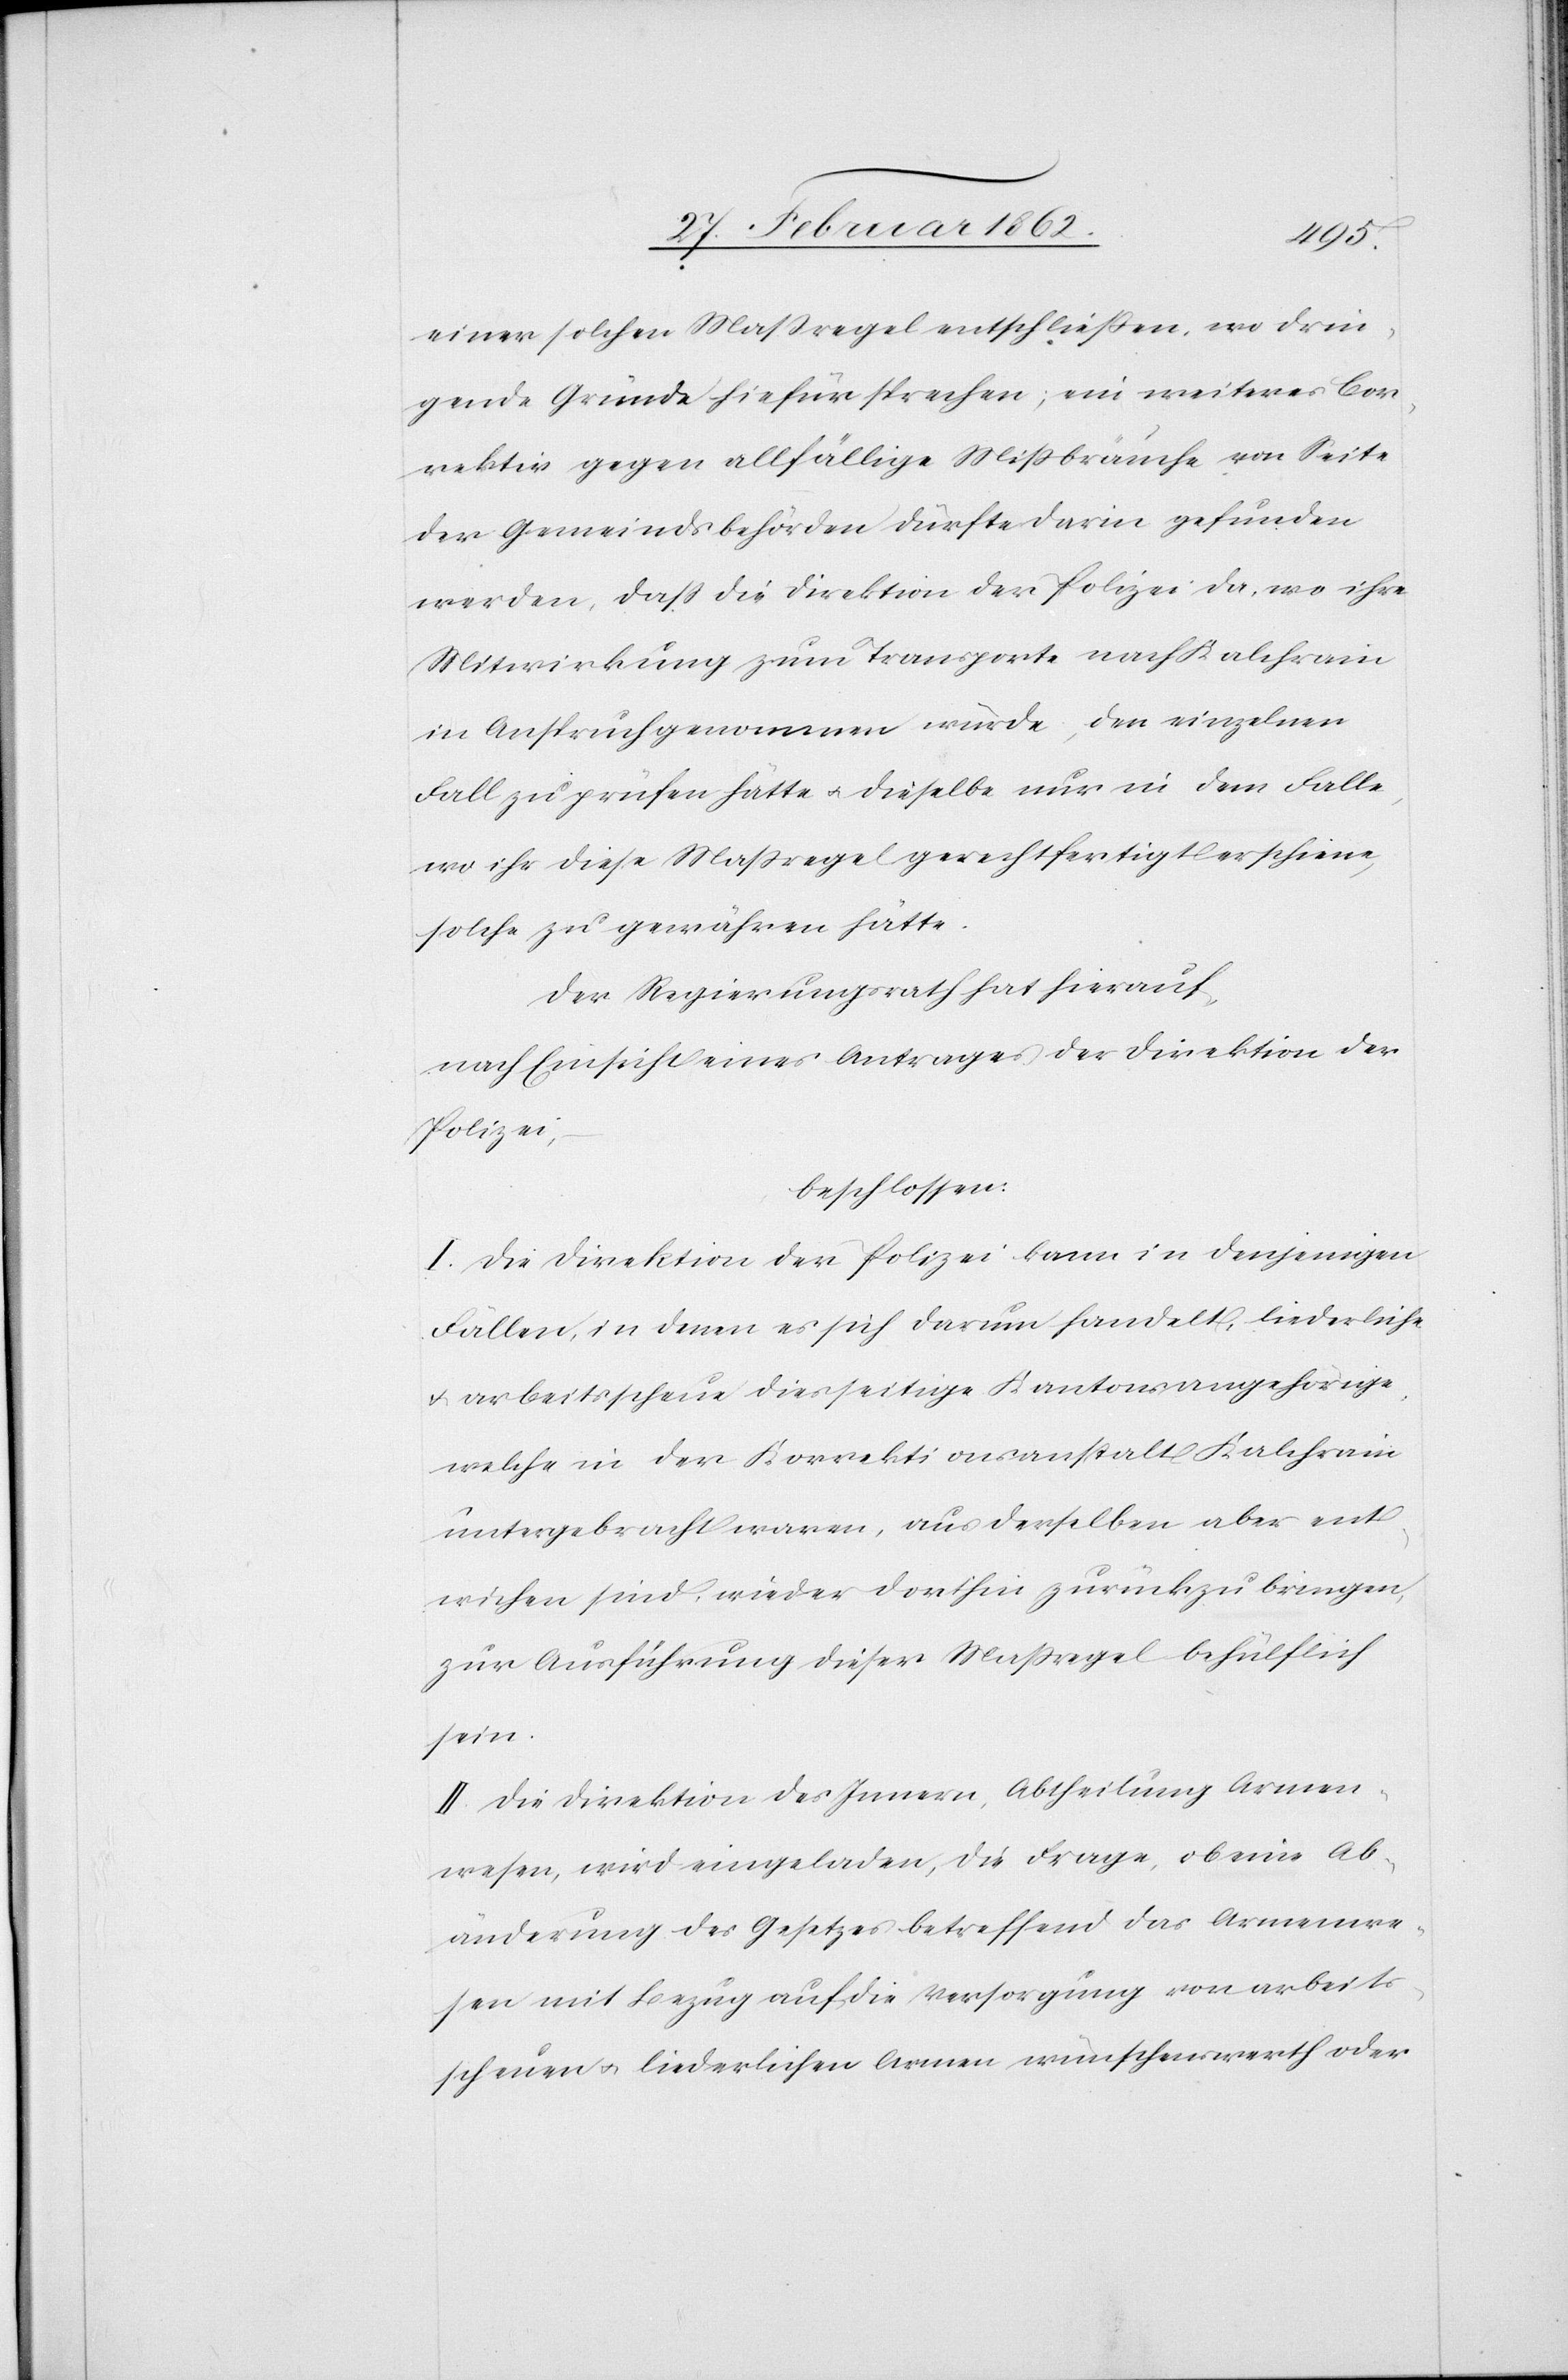
einer solchen Maßregel entschließen, wo drin¬
gende Gründe hiefür sprechen; ein weiteres Cor¬
rektiv gegen allfällige Mißbräuche von Seite
der Gemeindsbehörden dürfte darin gefunden
werden, daß die Direktion der Polizei da, wo ihre
Mitwirkung zum Transporte nach Kalchrain
in Anspruch genommen würde, den einzelnen
Fall zu prüfen hätte u. dieselbe nur in dem Falle,
wo ihr diese Maßregel gerechtfertigt erschiene,
solche zu gewähren hätte.
Der Regierungsrath hat hierauf,
nach Einsicht eines Antrages der Direktion der
Polizei,
beschlossen:
I. Die Direktion der Polizei kann in denjenigen
Fällen, in denen es sich darum handelt, liederliche
u. arbeitsscheue diesseitige Kantonsangehörige,
welche in der Korrektionsanstalt Kalchrain
untergebracht waren, aus derselben aber ent¬
wichen sind, wieder dorthin zurückzubringen,
zur Ausführung dieser Maßregel behülflich
sein.
II. Die Direktion des Innern, Abtheilung Armen¬
wesen, wird eingeladen, die Frage, ob eine Ab¬
änderung des Gesetzes betreffend das Armenwe¬
sen mit Bezug auf die Versorgung von arbeits¬
scheuen u. liederlichen Armen wünschenswerth oder